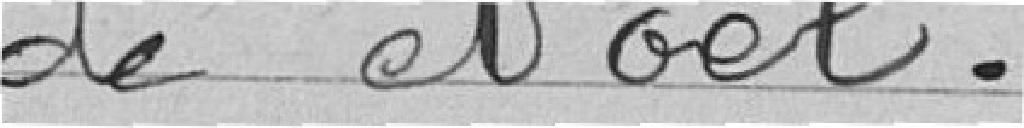
de noël.